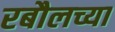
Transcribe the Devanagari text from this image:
रबौलच्या